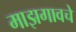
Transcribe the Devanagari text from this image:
माझगावचे